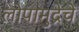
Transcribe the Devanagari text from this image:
लोपामुद्रेचें